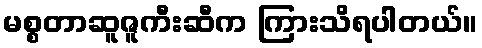
မစ္စတာဆူဇူကီးဆီက ကြားသိရပါတယ်။